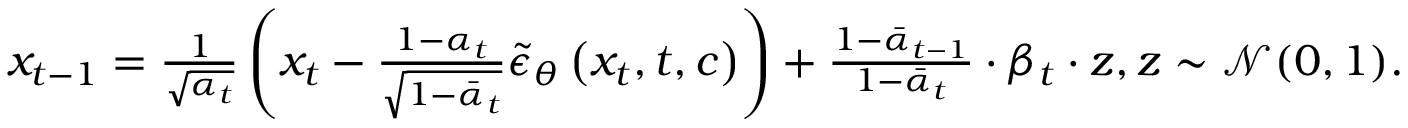
\begin{array} { r } { x _ { t - 1 } = \frac { 1 } { \sqrt { \alpha _ { t } } } \left( x _ { t } - \frac { 1 - \alpha _ { t } } { \sqrt { 1 - \bar { \alpha } _ { t } } } \tilde { \epsilon } _ { \theta } \left( x _ { t } , t , c \right) \right) + \frac { 1 - { { { \bar { \alpha } } } _ { t - 1 } } } { 1 - { { { \bar { \alpha } } } _ { t } } } \cdot { { \beta } _ { t } } \cdot z , z \sim \mathcal { N } ( 0 , 1 ) . } \end{array}